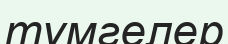
түмгелер